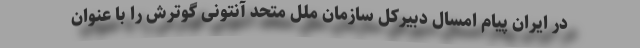
در ایران پیام امسال دبیرکل سازمان ملل متحد آنتونی گوترش را با عنوان